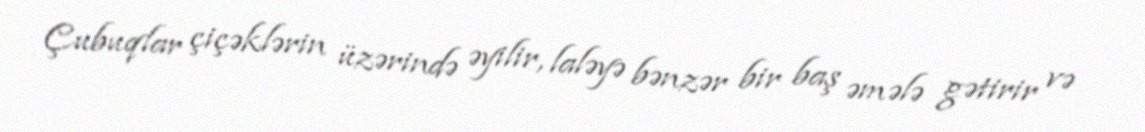
Çubuqlar çiçəklərin üzərində əyilir, laləyə bənzər bir baş əmələ gətirir və